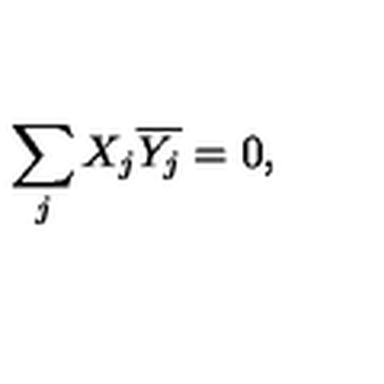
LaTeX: \sum _ { j } X _ { j } \overline { { Y _ { j } } } = 0 ,